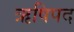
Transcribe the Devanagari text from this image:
ऋषिपद